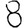
Digit: 8